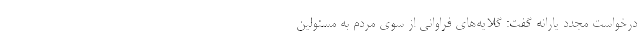
درخواست مجدد یارانه گفت: گلایه‌های فراوانی از سوی مردم به مسئولین